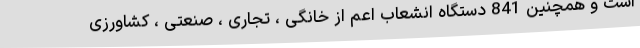
است و همچنین 841 دستگاه انشعاب اعم از خانگی ، تجاری ، صنعتی ، کشاورزی